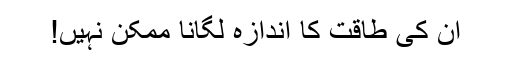
ان کی طاقت کا اندازہ لگانا ممکن نہیں!